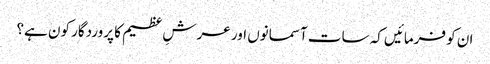
ان کو فرمائیں کہ سات آسمانوں اور عرشِ عظیم کا پروردگار کون ہے؟